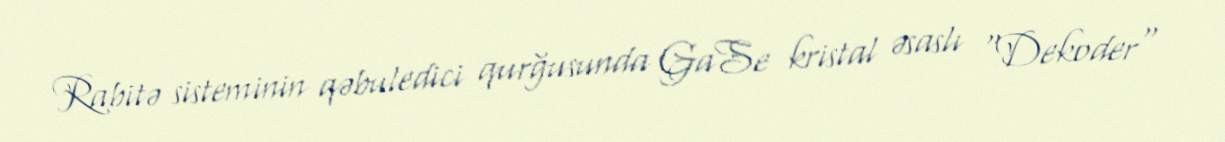
Rabitə sisteminin qəbuledici qurğusunda GaSe kristal əsaslı "Dekoder"